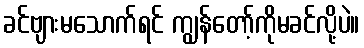
ခင်ဗျားမသောက်ရင် ကျွန်တော့်ကိုမခင်လို့ပဲ။